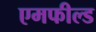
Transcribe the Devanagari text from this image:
एमफील्ड